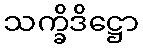
သက္ခိဒိဋ္ဌော